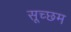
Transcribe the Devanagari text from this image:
सूच्‍छम